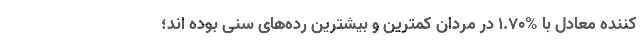
کننده معادل با %۱.۷۰ در مردان کمترین و بیشترین رده‌های سنی بوده اند؛